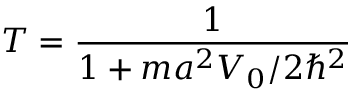
T = { \frac { 1 } { 1 + m a ^ { 2 } V _ { 0 } / 2 \hbar ^ { 2 } } }